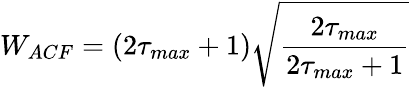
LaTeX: W_{ACF}=(2\tau_{max}+1)\sqrt{\frac{2\tau_{max}}{2\tau_{max}+1}}